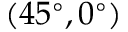
( 4 5 ^ { \circ } , 0 ^ { \circ } )